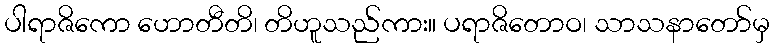
ပါရာဇိကော ဟောတီတိ၊ တိဟူသည်ကား။ ပရာဇိတောဝ၊ သာသနာတော်မှ